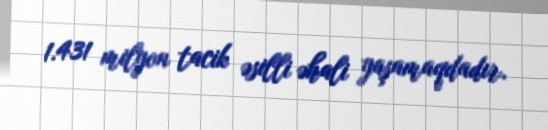
1.431 milyon tacik əsilli əhali yaşamaqdadır.